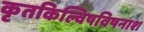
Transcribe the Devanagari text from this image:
कृतकिल्विषविषनाश